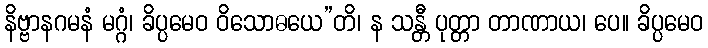
နိဗ္ဗာနဂမနံ မဂ္ဂံ၊ ခိပ္ပမေဝ ဝိသောဓယေ”တိ၊ န သန္တီ ပုတ္တာ တာဏာယ၊ ပေ။ ခိပ္ပမေဝ